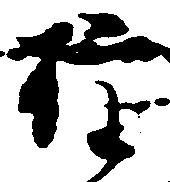
権